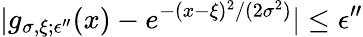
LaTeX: |g_{\sigma,\xi;\epsilon^{\prime\prime}}(x)-e^{-(x-\xi)^{2}/(2\sigma^{2})}|\le\epsilon^{\prime\prime}